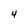
Character: 4